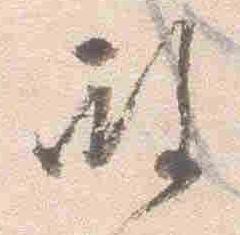
殿